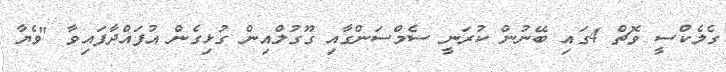
ގެލެކްސީ ވޮޗް 4ގައި ބޭނުން ކުރަނީ ސެމްސަންގާއި ގޫގުލްއިން ގުޅިގެން އުފައްދާފައިވާ "ވެޔާ